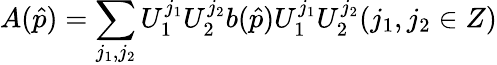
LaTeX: A(\hat{p})=\sum_{j_{1},j_{2}}U_{1}^{j_{1}}U_{2}^{j_{2}}b(\hat{p})U_{1}^{j_{1}}U_{2}^{j_{2}}(j_{1},j_{2}\in Z)